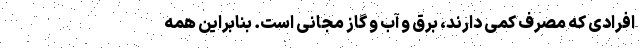
افرادی که مصرف کمی دارند، برق و آب و گاز مجانی است. بنابراین همه